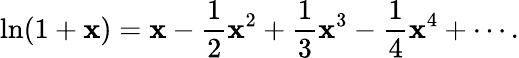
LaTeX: \ln(1+\mathbf{x})=\mathbf{x}-{\frac{{1}}{{2}}}\mathbf{x}^{2}+{\frac{{1}}{{3}}}\mathbf{x}^{3}-{\frac{{1}}{{4}}}\mathbf{x}^{4}+\cdots.